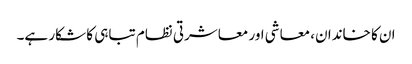
ان کا خاندان، معاشی اور معاشرتی نظام تباہی کا شکار ہے۔